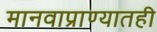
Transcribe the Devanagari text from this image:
मानवाप्राण्यातही